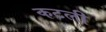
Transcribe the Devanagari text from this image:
कटली